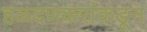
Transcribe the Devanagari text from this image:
हळदणकरांकडून